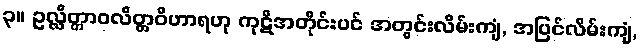
၃။ ဥလ္လိတ္တာဝလိတ္တဝိဟာရဟု ကုဋိအတိုင်းပင် အတွင်းလိမ်းကျံ, အပြင်လိမ်းကျံ,